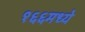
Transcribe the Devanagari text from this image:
१६६मध्ये